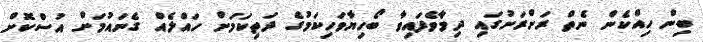
ބިން ހިއްކެން ނެތް ރަށްރަށުގައި ދިމާވެފައިވާ ބޯހިޔާވަހިކަމުގެ ދަތިކަމަށް ހައްލެއް ގެނައުމަށް އުސްކޮށް